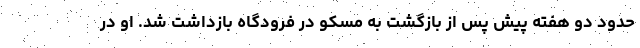
حدود دو هفته پیش پس از بازگشت به مسکو در فرودگاه بازداشت شد. او در